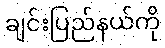
ချင်းပြည်နယ်ကို